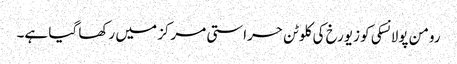
رومن پولانسکی کو زیورخ کی کلوٹن حراستی مرکز میں رکھا گیا ہے۔